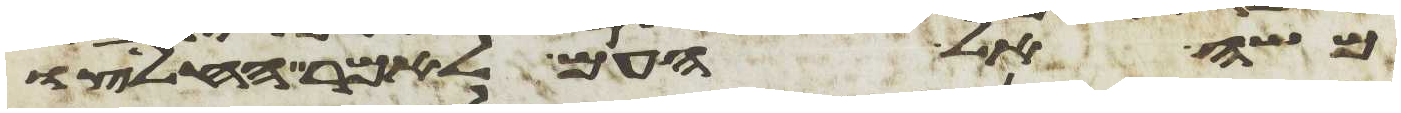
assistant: משה אל העם לאמר החליצו